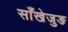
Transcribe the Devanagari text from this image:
साँखेजुङ